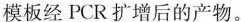
模板经PCR扩增后的产物。